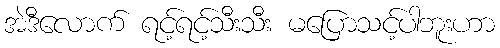
အဲဒီလောက် ရင့်ရင့်သီးသီး မပြောသင့်ပါဘူးဟာ